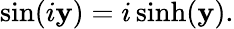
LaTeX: \sin(i\mathbf{y})=i\sinh(\mathbf{y}).